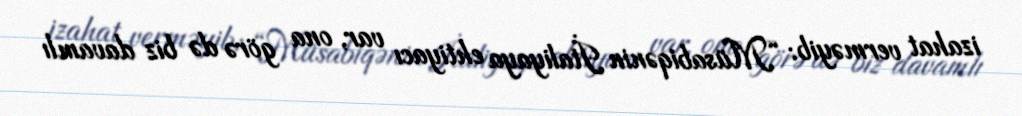
izahat verməyib: “Müsabiqənin İtaliyaya ehtiyacı var, ona görə də biz davamlı